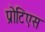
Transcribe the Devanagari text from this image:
प्रोटिएस